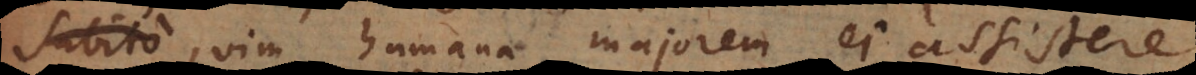
patet, vim humana majorem ei assistere